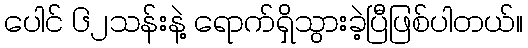
ပေါင် ၆၂သန်းနဲ့ ရောက်ရှိသွားခဲ့ပြီဖြစ်ပါတယ်။